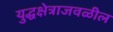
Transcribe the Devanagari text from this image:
युद्धक्षेत्राजवळील